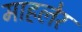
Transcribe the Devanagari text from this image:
माहलेर